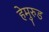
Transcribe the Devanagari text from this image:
हेमुरुड